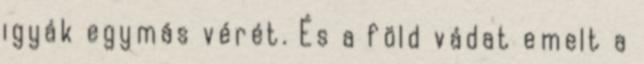
igyák egymás vérét. És a föld vádat emelt a